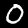
Label: 0